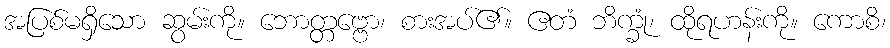
အပြစ်မရှိသော ဆွမ်းကို။ ဘောတ္တဗ္ဗော၊ စားအပ်၏။ ဧတံ ဘိက္ခုံ၊ ထိုရဟန်းကို။ ကောစိ၊